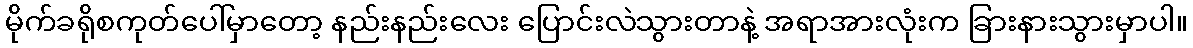
မိုက်ခရိုစကုတ်ပေါ်မှာတော့ နည်းနည်းလေး ပြောင်းလဲသွားတာနဲ့ အရာအားလုံးက ခြားနားသွားမှာပါ။